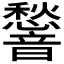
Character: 𮧿